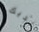
لديك